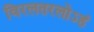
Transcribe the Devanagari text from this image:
विरलतरलोऽहं